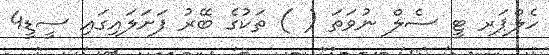
ހެލްޕަރ ޓީ ސެލް ނުވަތަ ( ) ތަކުގެ ބޭރު ފަށަލައިގައި ސީޑީ4